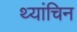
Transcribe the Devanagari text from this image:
थ्यांचिन